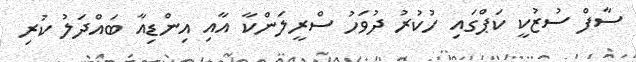
ސާފް ސުޒުކީ ކަޕްގައި ހުކުރު ދުވަހު ސްރީލަންކާ އާއި އިންޑިއާ ބައްދަލު ކުރި